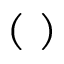
( \blacktriangledown )